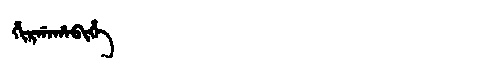
Manchu: ᡥᡳᡵᡤᠠᡥᠠᠪᡳᡥᡝ
Romanization: HIRGAHABIHE